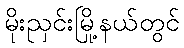
မိုးညှင်းမြို့နယ်တွင်